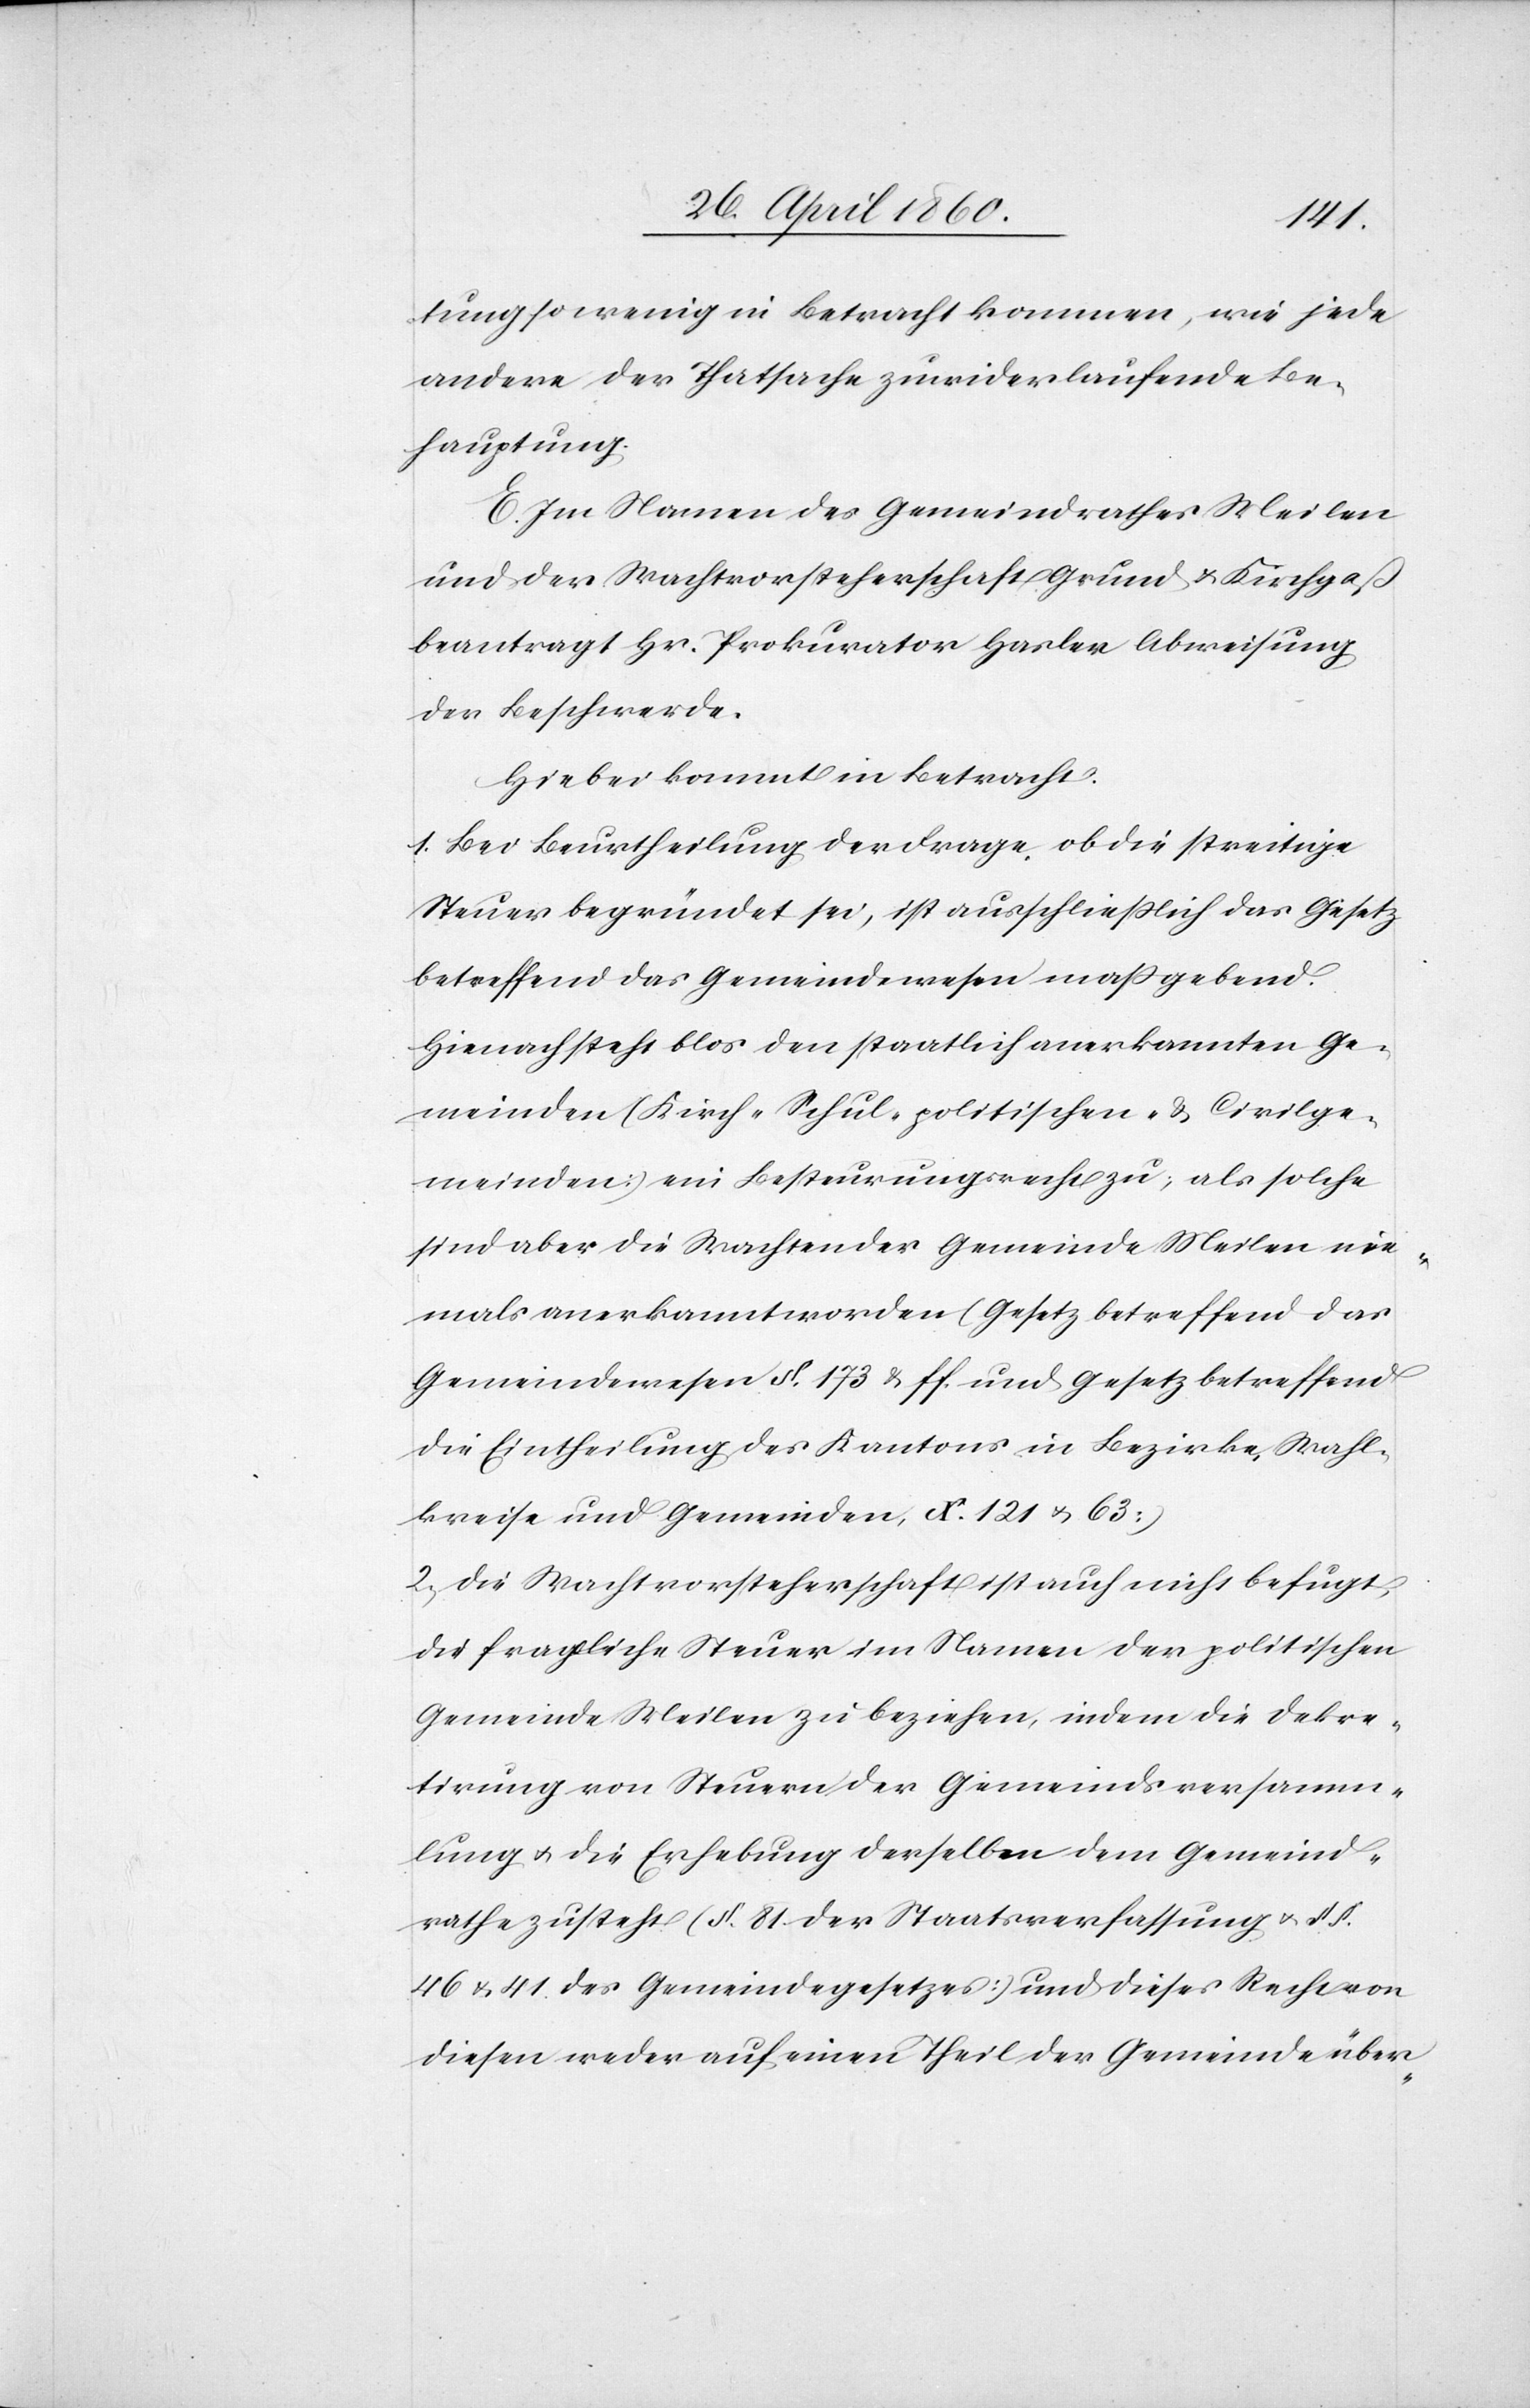
tung so wenig in Betracht kommen, wie jede
andere der Thatsache zuwiderlaufende Be¬
hauptung.
E. Im Namen des Gemeindrathes Meilen
und der Wachtvorsteherschaft Grund u. Kirchgass
beantragt Hr. Prokurator Hasler Abweisung
der Beschwerde.
Hiebei kommt in Betracht:
1. Bei Beurtheilung der Frage ob die streitige
Steuer begründet sei, ist ausschliesslich das Gesetz
betreffend das Gemeindewesen massgebend.
Hienach steht blos den staatlich anerkannten Ge¬
meinden (Kirch- Schul- politischen- u. Civilge¬
meinden) ein Besteurungsrecht zu; als solche
sind aber die Wachten der Gemeinde Meilen nie¬
mals anerkannt worden (Gesetz betreffend das
Gemeindewesen §. 173 u. ff. und Gesetz betreffend
die Eintheilung des Kantons in Bezirke, Wahl¬
kreise und Gemeinden, No 121 u. 63)
2. Die Wachtvorsteherschaft ist auch nicht befugt,
die fragliche Steuer im Namen der politischen
Gemeinde Meilen zu beziehen, indem die Dekre¬
tirung von Steuern der Gemeindsversamm¬
lung u. die Erhebung derselben dem Gemeind¬
rathe zusteht (§. 81 der Staatsverfassung u. §§.
46 u. 41. des Gemeindegesetzes) und dieses Recht von
diesen weder auf einen Theil der Gemeinde über-